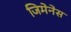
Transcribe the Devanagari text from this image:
जिमेनेस